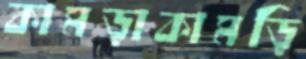
কামড়াকামড়ি